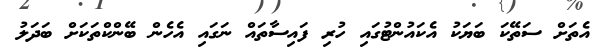
އެތަށް ސަތޭކަ ބަޔަކު އެކައުންޓުގައި ހުރި ފައިސާތައް ނަގައި އެހެން ބޭންކްތަކަށް ބަދަލު